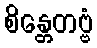
စိန္တေတဗ္ဗံ